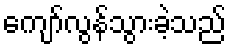
ကျော်လွန်သွားခဲ့သည်